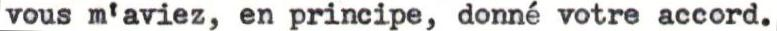
vous m'aviez, en principe, donné votre accord.